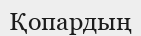
Қопардың